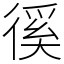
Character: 徯